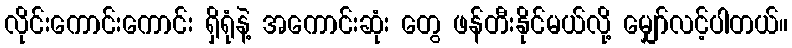
လိုင်းကောင်းကောင်း ရှိရုံနဲ့ အကောင်းဆုံး တွေ ဖန်တီးနိုင်မယ်လို့ မျှော်လင့်ပါတယ်။